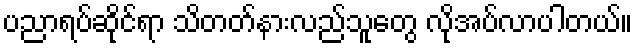
ပညာရပ်ဆိုင်ရာ သိတတ်နားလည်သူတွေ လိုအပ်လာပါတယ်။